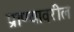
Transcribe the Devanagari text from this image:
प्राण्यावरील